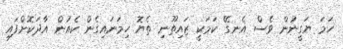
ހަމަ ޔަގީނުން ވެސް އެނގޭ ކަމަކީ ޒައިތޫނި ތެޔޮ ހިމަނައިގެން ކެއުން އާދަކޮށްފައި